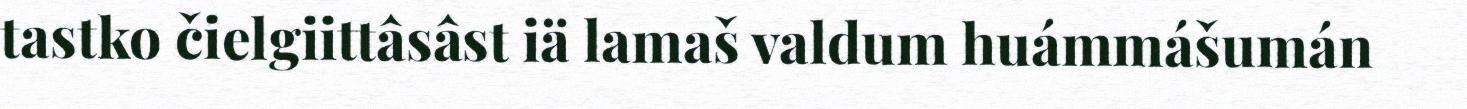
tastko čielgiittâsâst iä lamaš valdum huámmášumán